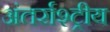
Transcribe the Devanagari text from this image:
अंतर्राश्ट्रीय